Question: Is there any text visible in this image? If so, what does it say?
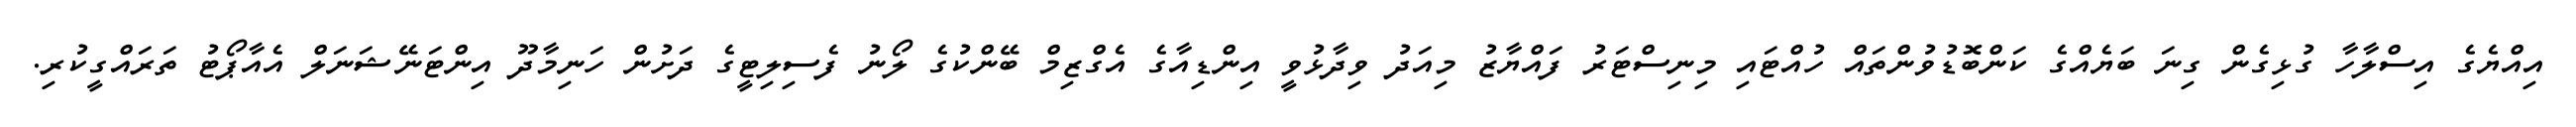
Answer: އިއްޔެގެ އިސްލާހާ ގުޅިގެން ގިނަ ބަޔެއްގެ ކަންބޮޑުވުންތައް ހުއްޓައި މިނިސްޓަރު ފައްޔާޒު މިއަދު ވިދާޅުވީ އިންޑިއާގެ އެގްޒިމް ބޭންކުގެ ލޯނު ފެސިލިޓީގެ ދަށުން ހަނިމާދޫ އިންޓަނޭޝަނަލް އެއާޕޯޓު ތަރައްގީކުރި.